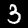
Label: 3